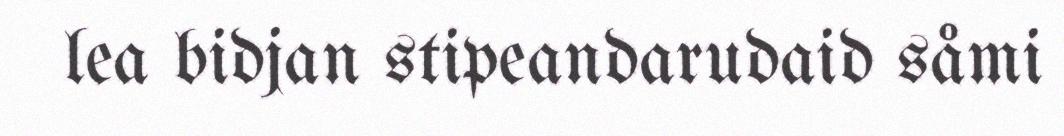
lea bidjan stipeandarudaid såmi